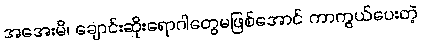
အအေးမိ၊ ချောင်းဆိုးရောဂါတွေမဖြစ်အောင် ကာကွယ်ပေးတဲ့